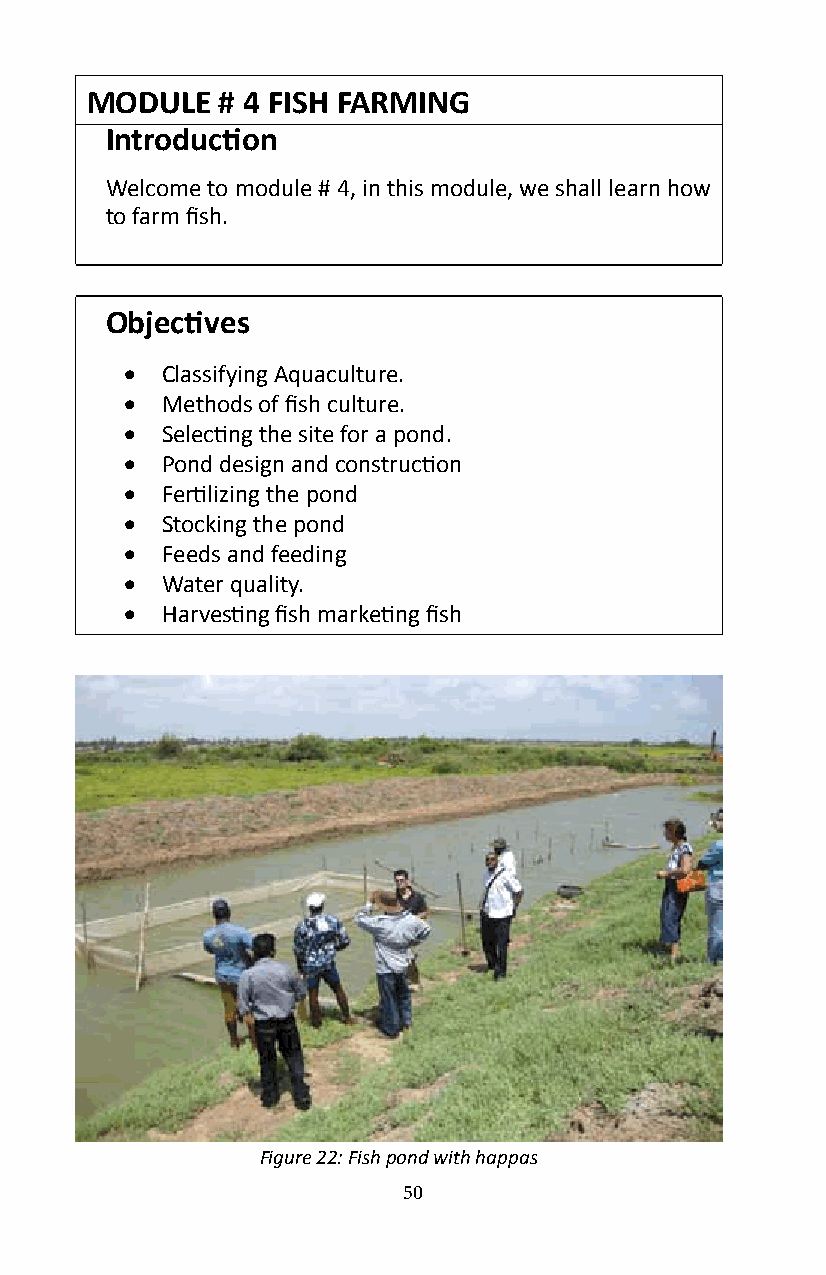
MODULE   # 4 FISH FARMING
 Introduction
 Welcome to module # 4, in this module, we shall learn how
 to farm fish.
 Objectives
 •  Classifying Aquaculture�
 •  Methods of fish culture.
 •  Selecting the site for a pond.
 •  Pond design and construction
 •  Fertilizing the pond
 •  Stocking the pond
 •  Feeds and feeding
 •  Water quality�
 •  Harvesting fish marketing fish
 Figure 22: Fish pond with happas
 50